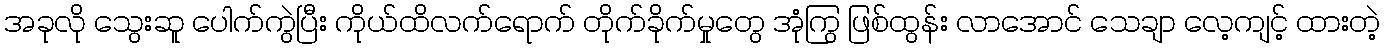
အခုလို သွေးဆူ ပေါက်ကွဲပြီး ကိုယ်ထိလက်ရောက် တိုက်ခိုက်မှုတွေ အုံကြွ ဖြစ်ထွန်း လာအောင် သေချာ လေ့ကျင့် ထားတဲ့